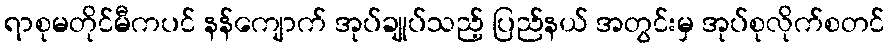
ရာစုမတိုင်မီကပင် နန်ကျောက် အုပ်ချုပ်သည့် ပြည်နယ် အတွင်းမှ အုပ်စုလိုက်စတင်